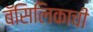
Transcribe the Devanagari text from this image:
बॅसिलिकाची